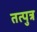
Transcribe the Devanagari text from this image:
तत्पुत्र